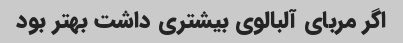
اگر مربای آلبالوی بیشتری داشت بهتر بود